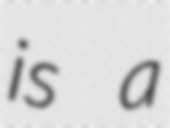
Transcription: is a